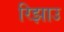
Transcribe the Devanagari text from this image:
रिझाउ